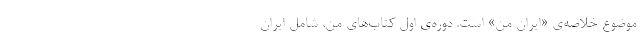
موضوعْ خلاصه‌ی «ایران من» است. دوره‌ی اول کتاب‌های من، شامل ایران